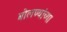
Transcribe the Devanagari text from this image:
बोलण्यांच्या